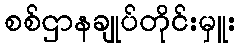
စစ်ဌာနချုပ်တိုင်းမှူး